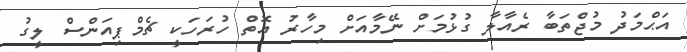
އަޙްމަދު މުޖްތަބާ ރެއާލާ ގުޅުމަށް ނޭމާއަށް މިހާރު އޮތް ހުރަހަކީ ޗެމްޕިއަންސް ލީގު